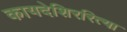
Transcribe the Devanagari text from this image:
कायदेशिररित्या